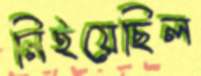
নিইয়েছিল